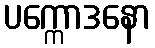
ပက္ကောဒနော